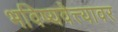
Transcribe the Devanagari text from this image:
भविष्यवेत्त्यावर